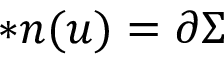
\ast \boldsymbol { n } ( u ) = \partial \Sigma